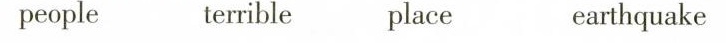
people terrible place earthquake